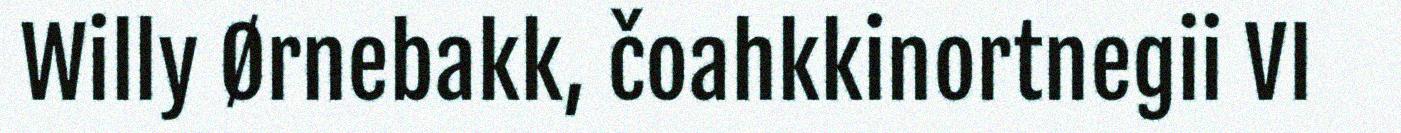
Willy Ørnebakk, čoahkkinortnegii VI